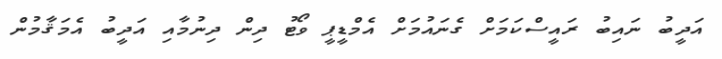
އަދީބު ނައިބު ރައީސްކަމަށް ގެނައުމަށް އެމްޑީޕީ ވޯޓު ދިން ދިނުމާއި އަދީބު އެމަޤާމުން